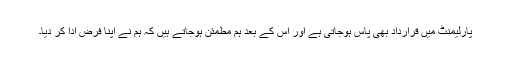
پارلیمنٹ میں قرارداد بھی پاس ہوجاتی ہے اور اس کے بعد ہم مطمئن ہوجاتے ہیں کہ ہم نے اپنا فرض ادا کر دیا۔